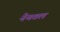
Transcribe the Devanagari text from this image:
नेयतल